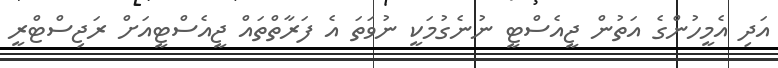
އަދި އެމީހުންގެ އަތުން ޖީއެސްޓީ ނުނެގުމަކީ ނުވަތަ އެ ފަރާތްތައް ޖީއެސްޓީއަށް ރަޖިސްޓްރީ